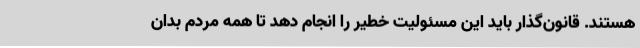
هستند. قانون‌گذار باید این مسئولیت خطیر را انجام دهد تا همه مردم بدان